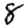
Digit: 8